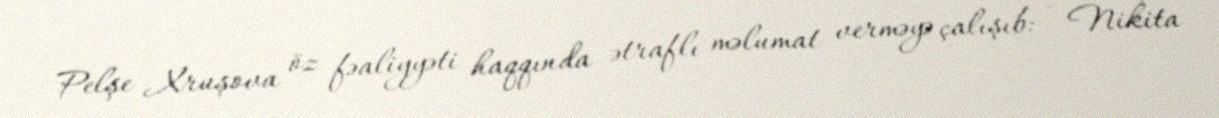
Pelşe Xruşova öz fəaliyyəti haqqında ətraflı məlumat verməyə çalışıb: - Nikita